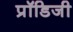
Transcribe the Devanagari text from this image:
प्रॉडिजी